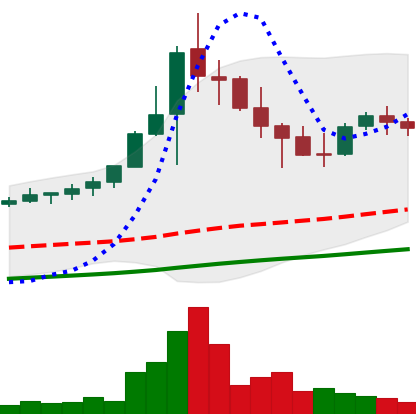
Ticker: NEO-USD
Chart end date: 2021-04-29
Forward return: 8.006%
Label: up_7plus